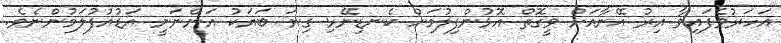
އަހަރުވެފައިވާ އިރު އޭނާއަށް ވީގޮތް އޮޅުންފިލުމަށް ކެނޑިނޭޅި ގިނަ ބަޔަކު އަންނަނީ އަޑުއުފުލަމުންނެވެ.